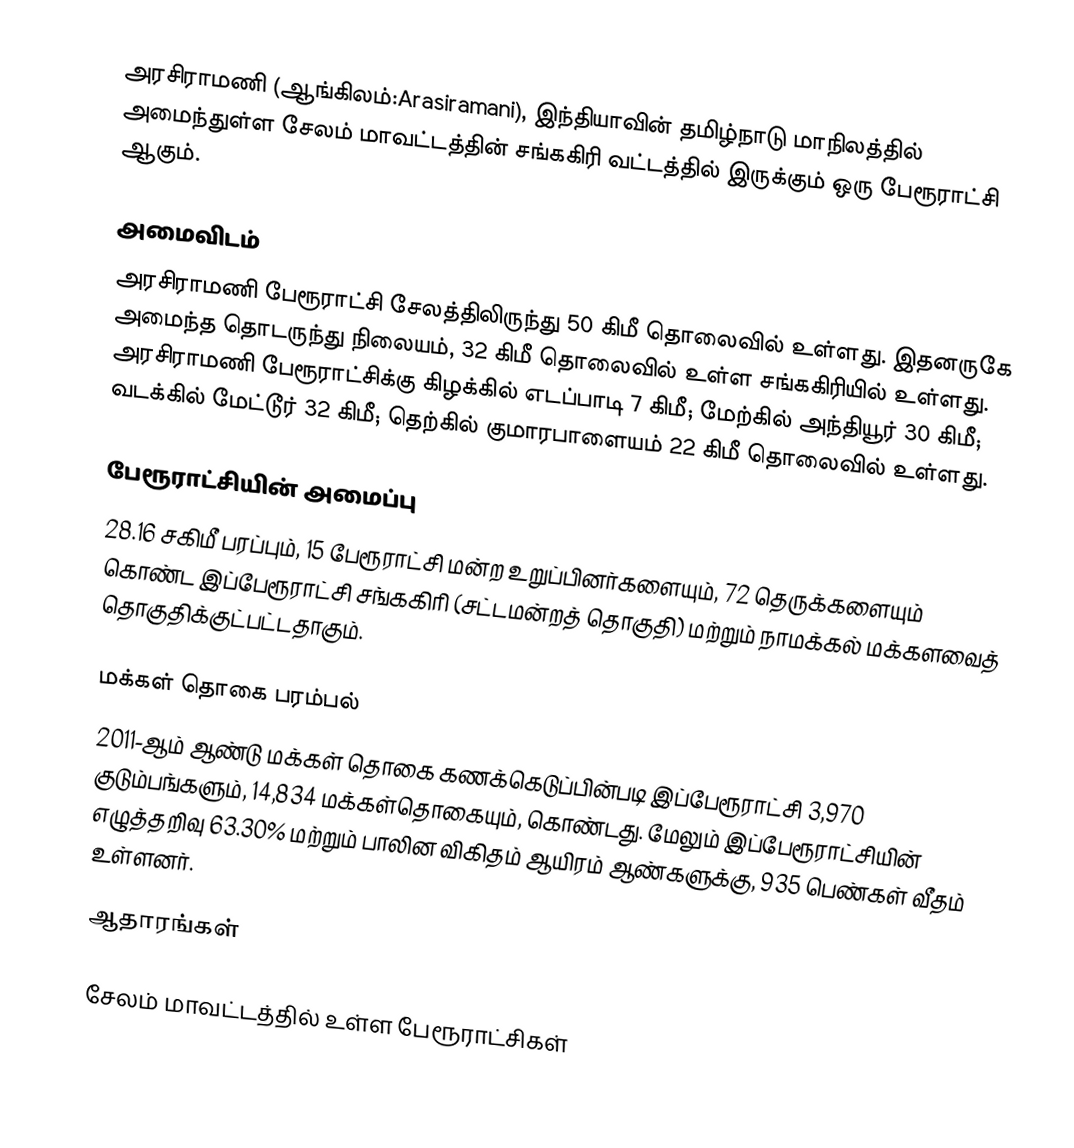
அரசிராமணி (ஆங்கிலம்:Arasiramani), இந்தியாவின் தமிழ்நாடு மாநிலத்தில் அமைந்துள்ள சேலம் மாவட்டத்தின் சங்ககிரி வட்டத்தில்  இருக்கும் ஒரு பேரூராட்சி ஆகும்.

அமைவிடம்
அரசிராமணி பேரூராட்சி சேலத்திலிருந்து 50 கிமீ தொலைவில் உள்ளது. இதனருகே அமைந்த தொடருந்து நிலையம், 32 கிமீ தொலைவில் உள்ள சங்ககிரியில் உள்ளது. அரசிராமணி பேரூராட்சிக்கு கிழக்கில் எடப்பாடி 7 கிமீ; மேற்கில் அந்தியூர் 30 கிமீ; வடக்கில் மேட்டூர் 32 கிமீ; தெற்கில் குமாரபாளையம் 22 கிமீ தொலைவில் உள்ளது.

பேரூராட்சியின் அமைப்பு
28.16 சகிமீ பரப்பும், 15  பேரூராட்சி மன்ற உறுப்பினர்களையும், 72 தெருக்களையும்  கொண்ட இப்பேரூராட்சி சங்ககிரி (சட்டமன்றத் தொகுதி) மற்றும் நாமக்கல் மக்களவைத் தொகுதிக்குட்பட்டதாகும்.

மக்கள் தொகை பரம்பல்
2011-ஆம் ஆண்டு மக்கள் தொகை கணக்கெடுப்பின்படி  இப்பேரூராட்சி 3,970 குடும்பங்களும்,   14,834 மக்கள்தொகையும், கொண்டது. மேலும் இப்பேரூராட்சியின் எழுத்தறிவு 63.30%  மற்றும்  பாலின விகிதம்  ஆயிரம் ஆண்களுக்கு,  935  பெண்கள் வீதம் உள்ளனர்.

ஆதாரங்கள்

சேலம் மாவட்டத்தில் உள்ள பேரூராட்சிகள்